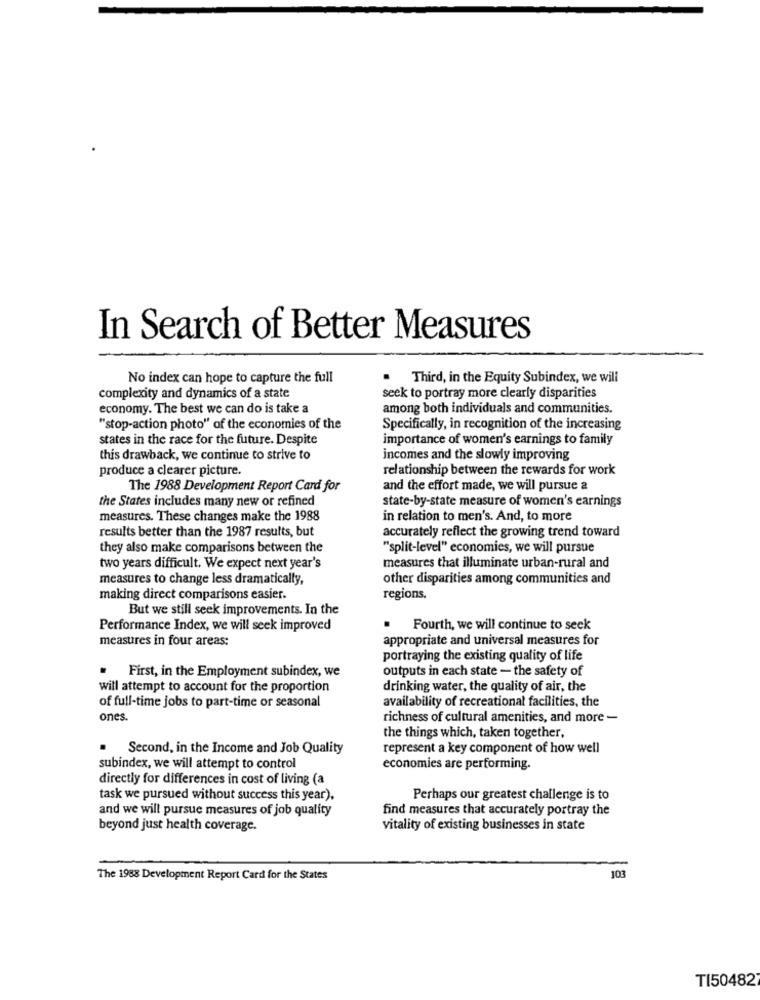
In Search of Better Measures
No index can hope to capture the full
Third, in the Equity Subindex, we will
complexity and dynamics of a state
seek to portray more clearly disparities
economy. The best we can do is take a
among both individuals and communities.
"stop-action photo" of the economies of the
Specifically, in recognition of the increasing
states in the race for the future. Despite
importance of women's earnings to family
this drawback, we continue to strive to
incomes and the slowly improving
produce a clearer picture.
relationship between the rewards for work
The 1988 Development Report Card for
and the effort made, we will pursue a
the States includes many new or refined
state-by-state measure of women's earnings
measures. These changes make the 1988
in relation to men's. And, to more
results better than the 1987 results, but
accurately reflect the growing trend toward
they also make comparisons between the
"split-level" economies, we will pursue
two years difficult. We expect next year's
measures that illuminate urban-rural and
measures to change less dramatically,
other disparities among communities and
making direct comparisons easier.
regions.
But we still seek improvements. In the
Performance Index, we will seek improved
Fourth, we will continue to seek
measures in four areas:
appropriate and universal measures for
portraying the existing quality of life
. First, in the Employment subindex, we
outputs in each state - the safety of
will attempt to account for the proportion
drinking water, the quality of air, the
availability of recreational facilities, the
of full-time jobs to part-time or seasonal
ones.
richness of cultural amenities, and more -
the things which, taken together,
. Second, in the Income and Job Quality
represent a key component of how well
subindex, we will attempt to control
economies are performing.
directly for differences in cost of living (a
task we pursued without success this year),
Perhaps our greatest challenge is to
and we will pursue measures of job quality
find measures that accurately portray the
beyond just health coverage.
vitality of existing businesses in state
The 1988 Development Report Card for the States
103
TI50482